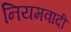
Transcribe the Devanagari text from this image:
नियमवादी